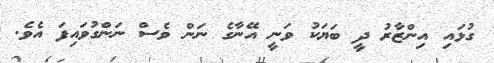
ގުޅައި އިންޒާރު ދީ ބަޔަކު ވަނީ އޭނާގެ ނަން ވެސް ނަންގުވައިފަ އެވެެ.